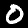
Digit: 0